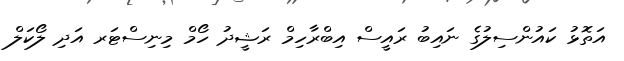
އަތޮޅު ކައުންސިލުގެ ނައިބު ރައީސް އިބްރާހިމް ރަޝީދު ހޯމް މިނިސްޓަރ އަދި ލޯކަލް